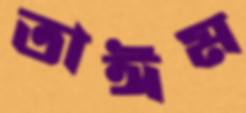
তাঈম